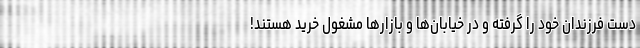
دست فرزندان خود را گرفته و در خیابان‌ها و بازارها مشغول خرید هستند!